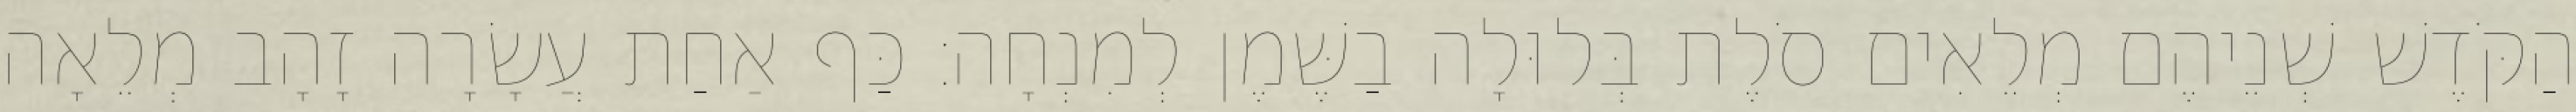
הַקֹּדֶשׁ שְׁנֵיהֶם מְלֵאִים סֹלֶת בְּלוּלָה בַשֶּׁמֶן לְמִנְחָה׃ כַּף אַחַת עֲשָׂרָה זָהָב מְלֵאָה